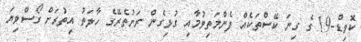
ކޮވިޑް-19 ގެ ގިނަ ކޭސްތަކެއް ފެންމަތިވުމާއި ގުޅިގެން ރަށުތެރޭގެ ހާލަތު އިތުރަށް ގޯސްވިޔަ